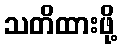
သတိထားဖို့